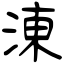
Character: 涷